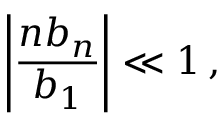
\left| \frac { n b _ { n } } { b _ { 1 } } \right| \ll 1 \, ,